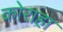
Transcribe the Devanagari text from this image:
कोराहा